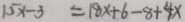
1 5 x - 3 = 1 8 x + 6 - 8 + 4 x